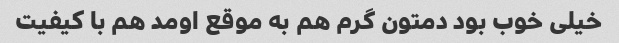
خیلی خوب بود دمتون گرم هم به موقع اومد هم با کیفیت